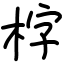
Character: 𣑑